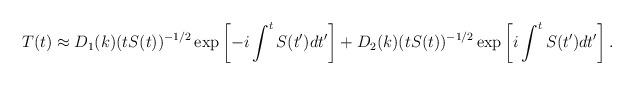
LaTeX: \begin{align*}T(t) \approx D_1(k) (t S(t))^{-1/2} \exp\left[-i \int^t S(t') dt' \right]+D_2(k) (t S(t))^{-1/2} \exp\left[i \int^t S(t') dt' \right].\end{align*}